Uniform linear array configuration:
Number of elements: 8
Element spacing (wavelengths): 0.5
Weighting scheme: cosine
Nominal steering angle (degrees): -45
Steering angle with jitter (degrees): -43.207
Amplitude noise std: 0.05
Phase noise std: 0.05

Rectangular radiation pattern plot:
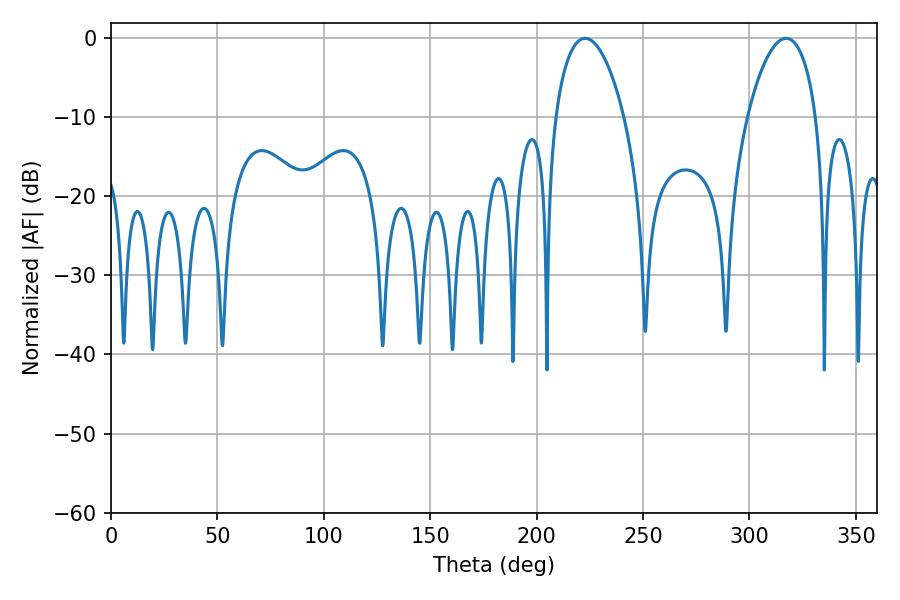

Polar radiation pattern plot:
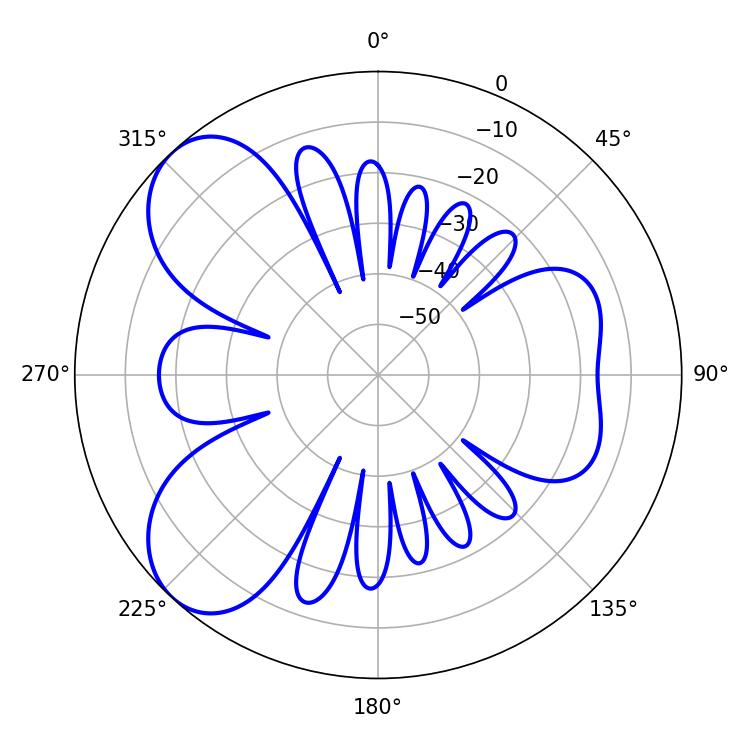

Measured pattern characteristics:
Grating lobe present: FALSE
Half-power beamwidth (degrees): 18.18
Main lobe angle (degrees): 222.84